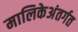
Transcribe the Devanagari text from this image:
मालिकेअंतर्गत